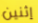
إثنين